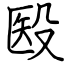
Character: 殹